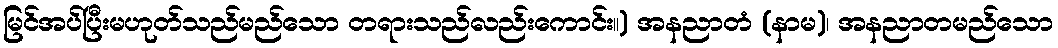
မြင်အပ်ပြီးမဟုတ်သည်မည်သော တရားသည်လည်းကောင်း။) အနညာတံ (နာမ)၊ အနညာတမည်သော